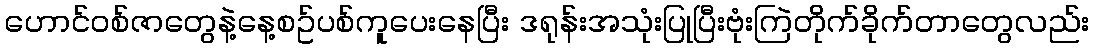
ဟောင်ဝစ်ဇာတွေနဲ့နေ့စဥ်ပစ်ကူပေးနေပြီး ဒရုန်းအသုံးပြုပြီးဗုံးကြဲတိုက်ခိုက်တာတွေလည်း